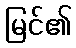
မြင်၏